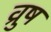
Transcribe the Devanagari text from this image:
व्रुष